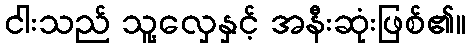
ငါးသည် သူ့လှေနှင့် အနီးဆုံးဖြစ်၏။